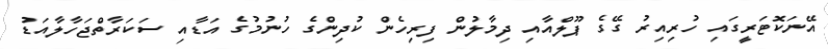
އޭނަކޮޓަރީގައި ހުރިއިރު ގޭގެ ޕޫލްއާއި ދިމާލުން ފިރިހެން ކުދިންގެ ހުނުމުގެ އަޑާއި ސަކަރާތްޖަހާލާއަޑު